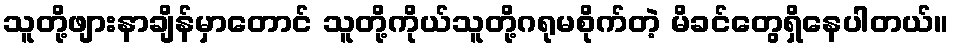
သူတို့ဖျားနာချိန်မှာတောင် သူတို့ကိုယ်သူတို့ဂရုမစိုက်တဲ့ မိခင်တွေရှိနေပါတယ်။